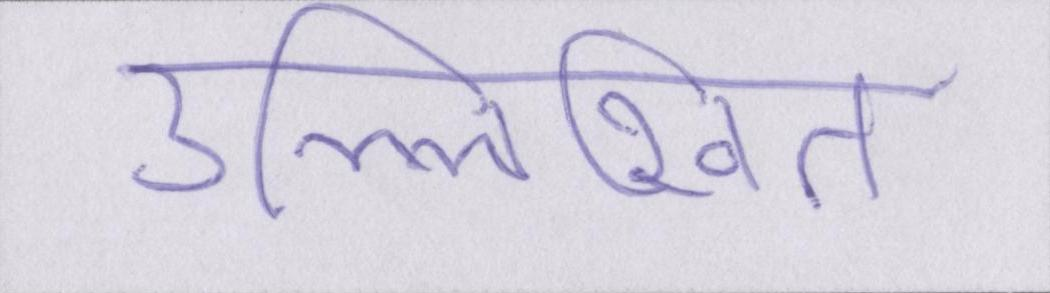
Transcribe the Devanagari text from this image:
उल्लिखित